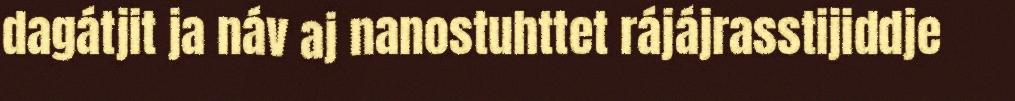
dagátjit ja náv aj nanostuhttet rájájrasstijiddje